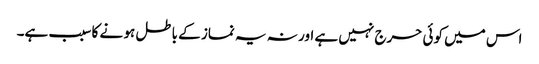
اس میں کوئی حرج نہیں ہے اور نہ یہ نماز کے باطل ہو نے کا سبب ہے۔